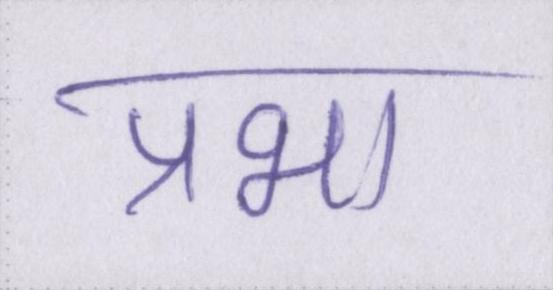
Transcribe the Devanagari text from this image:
प्रभा